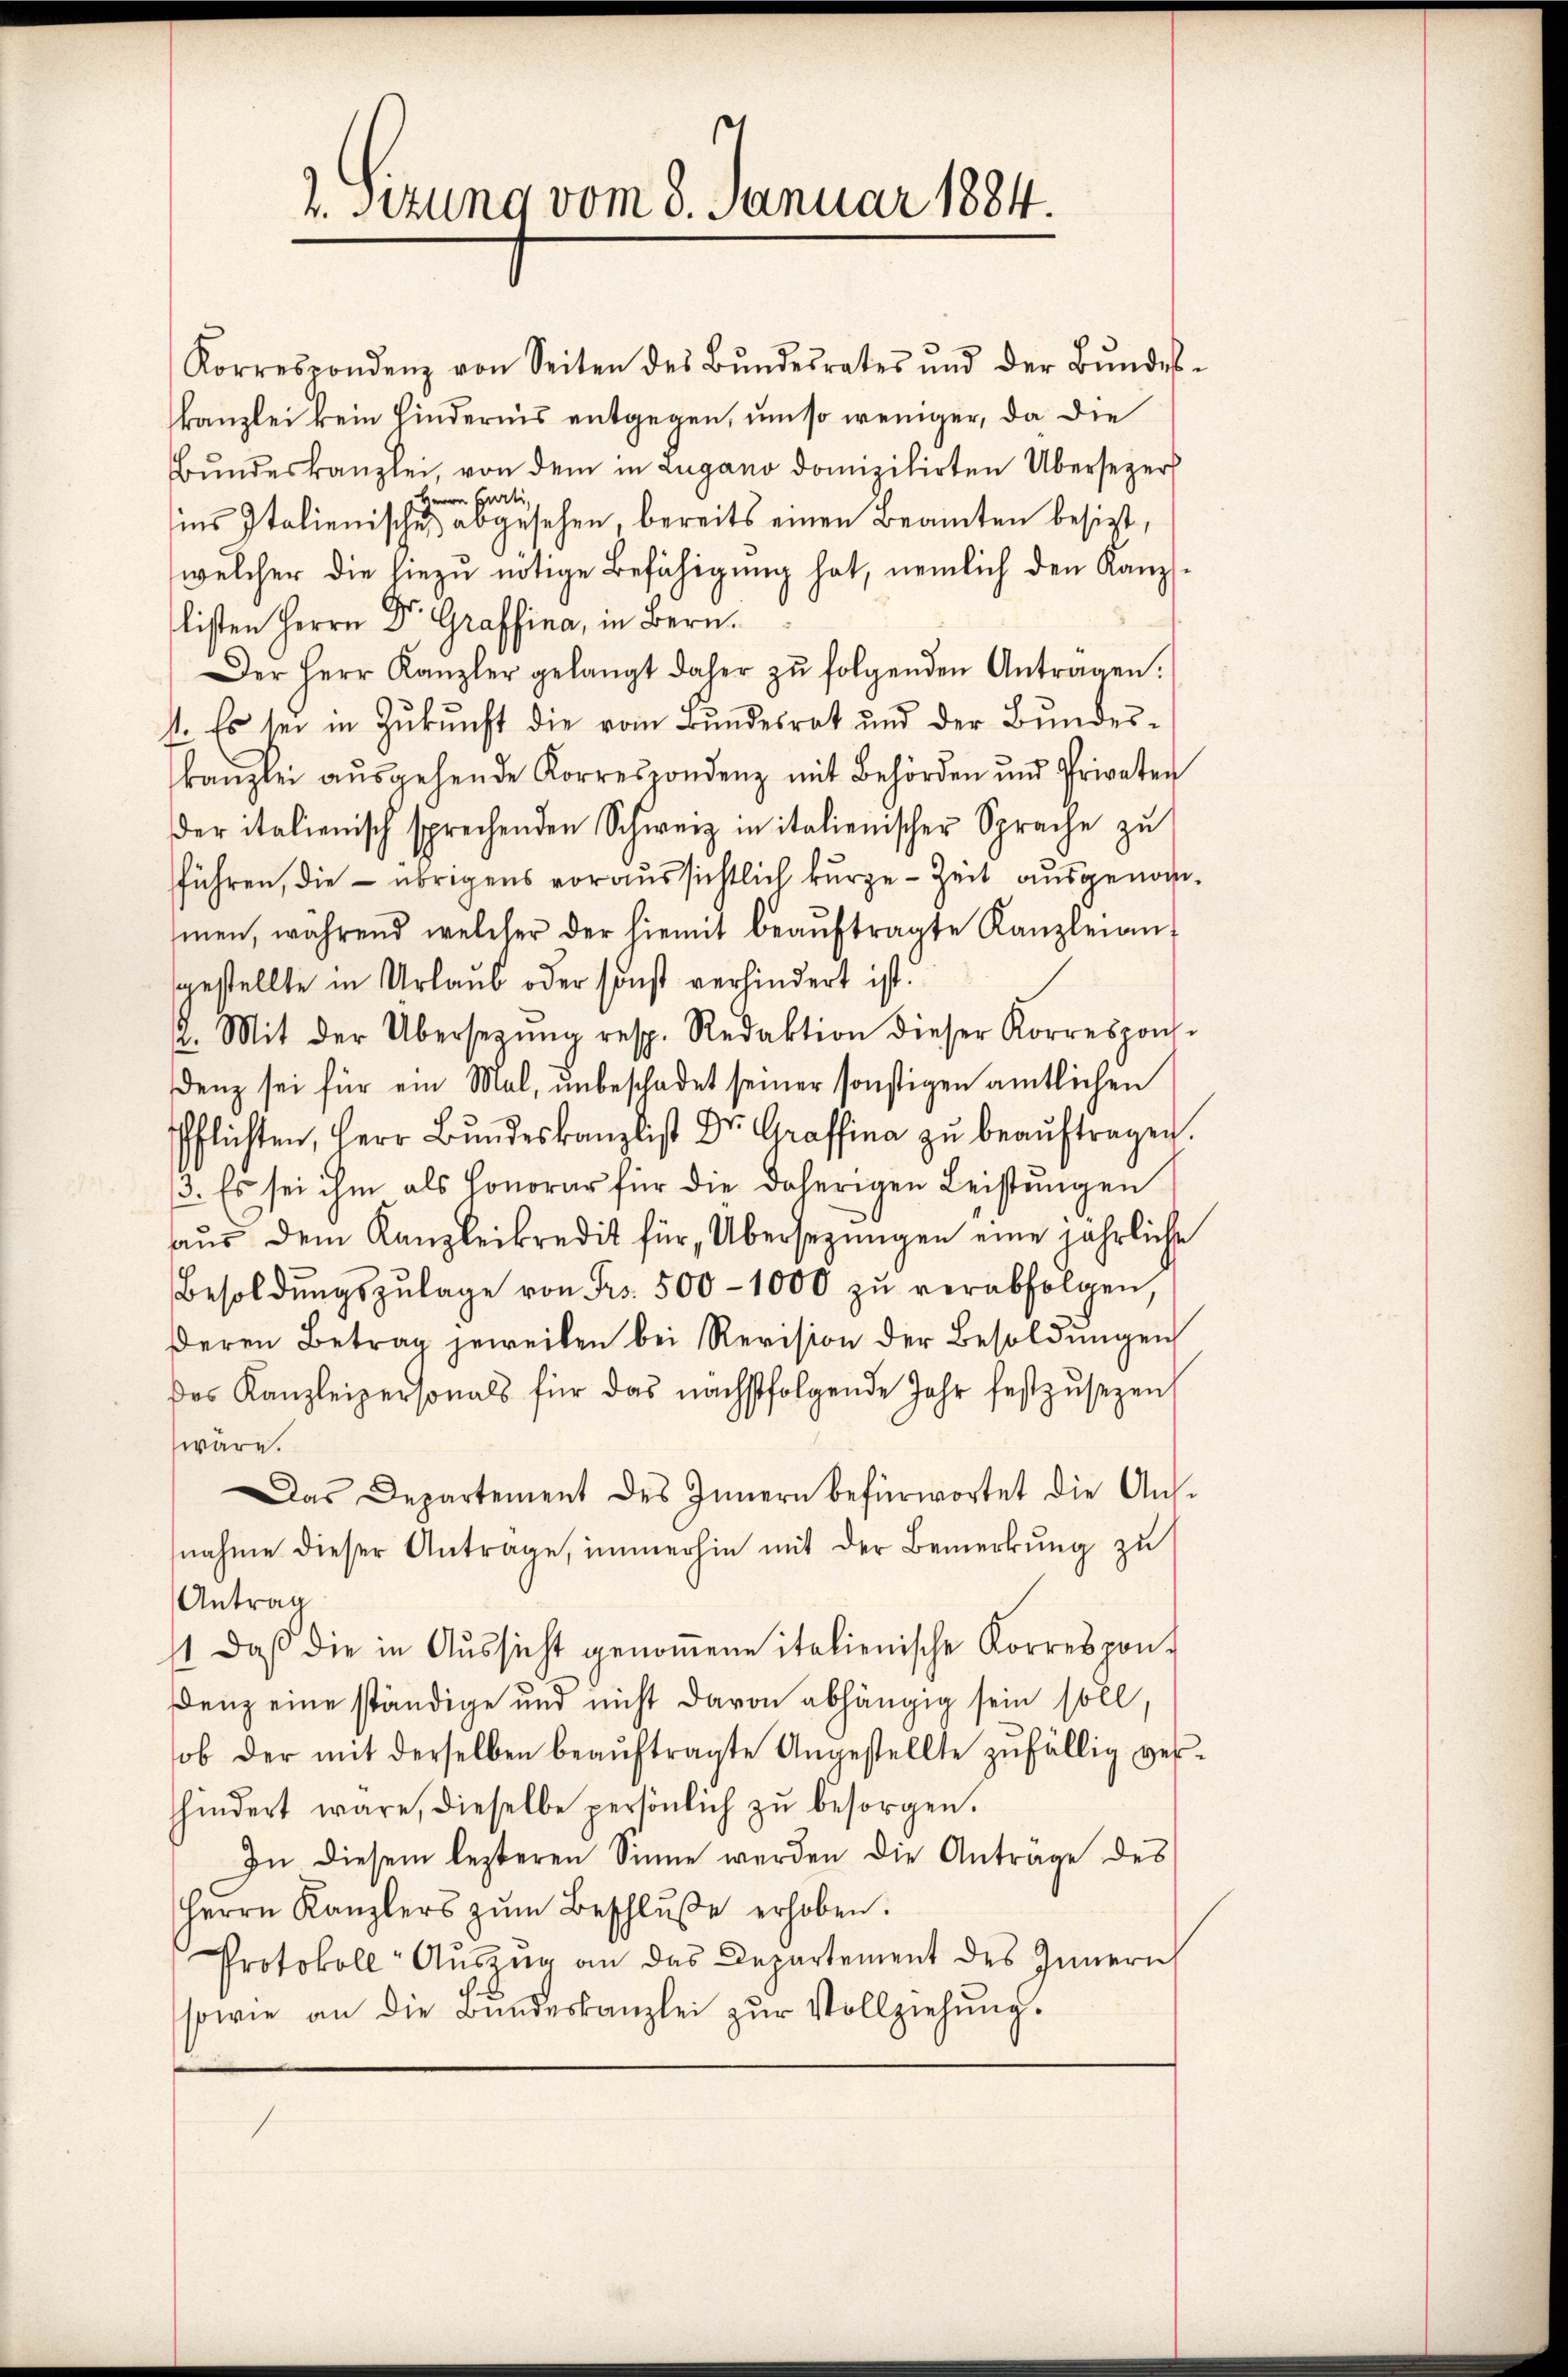
2. sizung vom 8. Januar 1884.

Korrespondenz von Seiten des Bŭndesrates und der Bŭndes-
kanzlei kein Hindernis entgegen, um so weniger, da die
Bŭndeskanzlei, von dem in Lugano domizilirten Übersezer
Herrn Curti,
ins Italienisches abgesehen, bereits einen Beamten besizt,
welcher die hiezu nötige Befähigung hat, nemlich den Kanzl
listen Herrn Dr. Graffina, in Bern.
Der Herr Kanzler gelangt daher zŭ folgenden Antragen.
st. Es sei in Zŭkŭnft die vom Bundesrat und der Bŭndes-
kanzlei aŭsgehende Korrespondenz mit Behörden und Privaten
der italienisch sprechenden Schwarz in italienischer Sprache zu
führen, die – übrigens voraussichtlich kurze Zeit ausgenommen, während welcher der hiemit beaŭftragte Kanzleian-
gestellte in Urlaub oder sonst verhindert ist.
12. Mit der Übersetzŭng resp. Redaktion dieser Korrespons-
denz sei für ein Mal, unbeschadet seiner sonstigen amtlichen
Pflichten, Herr Bundeskanzlist Dr. Graffina zu beaŭftragen.
3. Es sei ihm als Honorar für die daherigen Leistŭngen
aŭs dem Kanzleikredit für Übersezungen eine jährliche
Besoldŭngszŭlage von Fr. 500 - 1000 zŭ verabfolgen,
deren Betrag jeweilen bei Revision der Besoldŭngen
des Kanzleipersonals für das nächstfolgende Jahr festzŭsezen
wäre.
Das Departement des Innern befürwortet die An-
nahme dieser Antrage, immerhin mit der Bemerkung zu
Antrag
11. daβ die in Aŭssicht genoṁene italienische Korrespon-
Denz eine ständige und nicht davon abhängig sein soll,
ob der mit derselben beaŭftragte Angestellte zŭfällig ver-
hhindert wäre, dieselbe persönlich zŭ besorgen.
In diesem lezteren Sinne werden die Anträge des
Herrn Kanzlers zŭm Beschlŭβe erhoben.
Protokoll- Aŭszŭg an das Departement des Innern
sowie an die Bŭndeskanzlei zŭr Vollziehŭng.

s